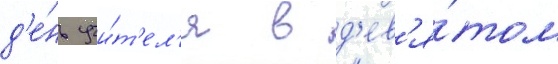
д'е́нь учи́т'ел'я в д'ев'я́том